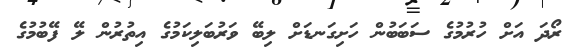
ރޯދަ އަށް ހުރުމުގެ ސަބަބުން ހަށިގަނޑަށް ލިބޭ ވަރުބަލިކަމުގެ އިތުރުން ލޭ ފޭބުމުގެ